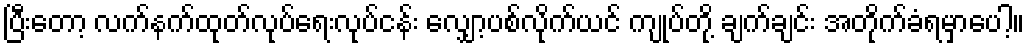
ပြီးတော့ လက်နက်ထုတ်လုပ်ရေးလုပ်ငန်း လျှော့ပစ်လိုက်ယင် ကျုပ်တို့ ချက်ချင်း အတိုက်ခံရမှာပေါ့။